Civil Veterinary Department. United Provinces 1932-42 - 1932-1942
Year: 1932
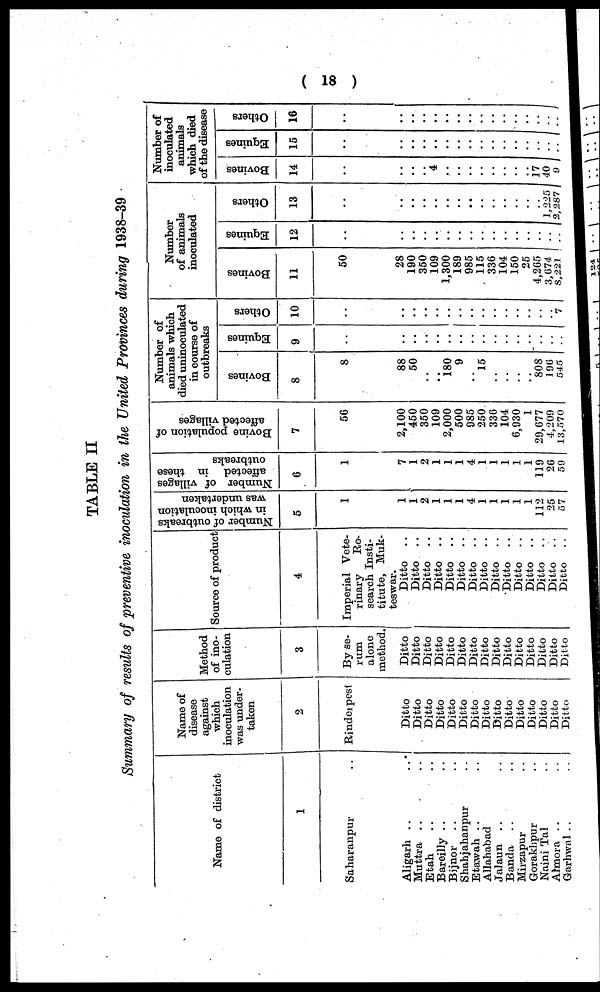
(18)
TABLE II
Summary of results of preventive inoculation in the United Provinces during 1938-39
Name of district
1
Saharanpur ..
Aligarh .. ..
Muttra .. ..
Etah .. ..
Bareilly .. ..
Bijnor .. ..
Shahjahanpur ..
Etawah .. ..
Allahabad
Jalaun .. ..
Banda .. ..
Mirzapur ..
Gorakhpur ..
Naini Tal ..
Almora .. ..
Garhwal .. ..
Name of
disease
against
which
inoculation
was under-
taken
2
Rinderpest
Ditto
Ditto
Ditto
Ditto
Ditto
Ditto
Ditto
Ditto
Ditto
Ditto
Ditto
Ditto
Ditto
Ditto
Ditto
Method
of ino-
culation
3
By se-
rum
alone
method.
Ditto
Ditto
Ditto
Ditto
Ditto
Ditto
Ditto
Ditto
Ditto
Ditto
Ditto
Ditto
Ditto
Ditto
Ditto
Source of product
4
Imperial Vete-
rinary
Re-
search Insti-
titute, Muk-
teswar.
Ditto ..
Ditto ..
Ditto ..
Ditto ..
Ditto ..
Ditto ..
Ditto ..
Ditto ..
Ditto ..
Ditto ..
Ditto ..
Ditto ..
Ditto ..
Ditto
..
Ditto ..
Number of outbreaks
in which inoculation
was undertaken
5
1
1
1
2
1
1
1
4
1
1
1
1
1
112
25
51
Number of villages
affected in these
outbreaks
6
1
7
1
2
1
1
1
4
1
1
1
1
1
119
26
59
Bovine population of
affected villages
7
56
2,100
450
350
109
2,000
500
985
250
336
104
6,930
1
29,677
4,209
13,570
Number of
animals which
died uninoculated
in course of
outbreaks
Bovi ne s
8
8
88
50
..
..
180
9
..
15
..
..
..
..
808
196
545
Equi nes
9
..
..
..
..
..
..
..
..
..
..
..
..
..
..
..
Ot her s
10
..
..
..
..
..
..
..
..
..
..
..
..
..
..
..
Number
of animals
inoculated
Bovines
11
50
28
190
350
109
1,300
189
985
115
336
104
150
25
4,265
3,674
8,221
Equines
12
..
..
..
..
..
..
..
..
..
..
..
..
..
..
..
Ot her s
13
..
..
..
..
..
..
..
..
..
..
..
..
..
1,225
2,287
Number of
inoculated
animals
which died
of the disease
Bovines
14
..
..
..
4
..
..
..
..
..
..
..
..
17
40
9
Equi nes
15
..
..
..
..
..
..
..
..
..
..
..
..
..
..
..
Ot her s
16
..
..
..
..
..
..
..
..
..
..
..
..
..
..
..